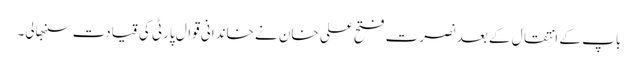
باپ کے انتقال کے بعد نصرت فتح علی خان نے خاندانی قوال پارٹی کی قیادت سنبھالی۔